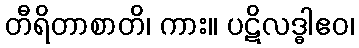
တီရိတာစာတိ၊ ကား။ ပဋိလဒ္ဓါဧဝ၊